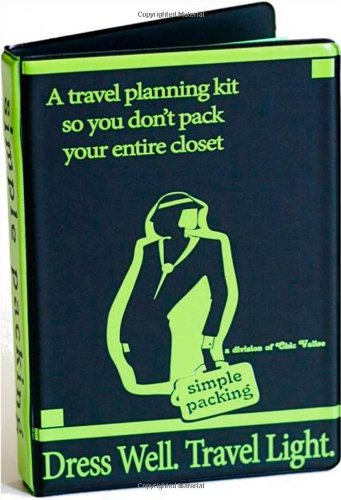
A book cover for Simple Packing - A Travel Planning Kit So You Don't Pack Your Entire Closet; Karen Montgomery; Travel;